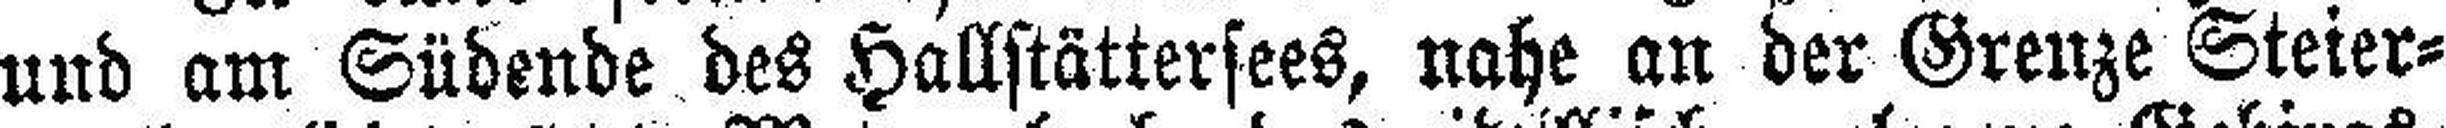
und am Südende des Hallstättersees, nahe an der Grenze Steier¬